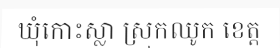
ឃុំកោះស្លា ស្រុកឈូក ខេត្ត